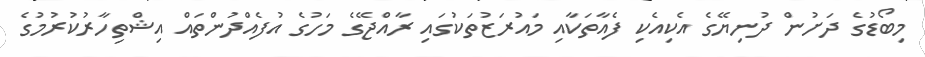
މިބޯޑުގެ ދަށުން ދުނިޔޭގެ އެކިއެކި ފެއާތަކާއި މައުރަޒުތަކުގައި ރާއްޖޭގެ މަހުގެ އުފެއްދުންތައް އިޝްތިހާރުކުރުމުގެ